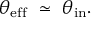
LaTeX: \theta _ { \mathrm { e f f } } \ \simeq \ \theta _ { \mathrm { i n } } .